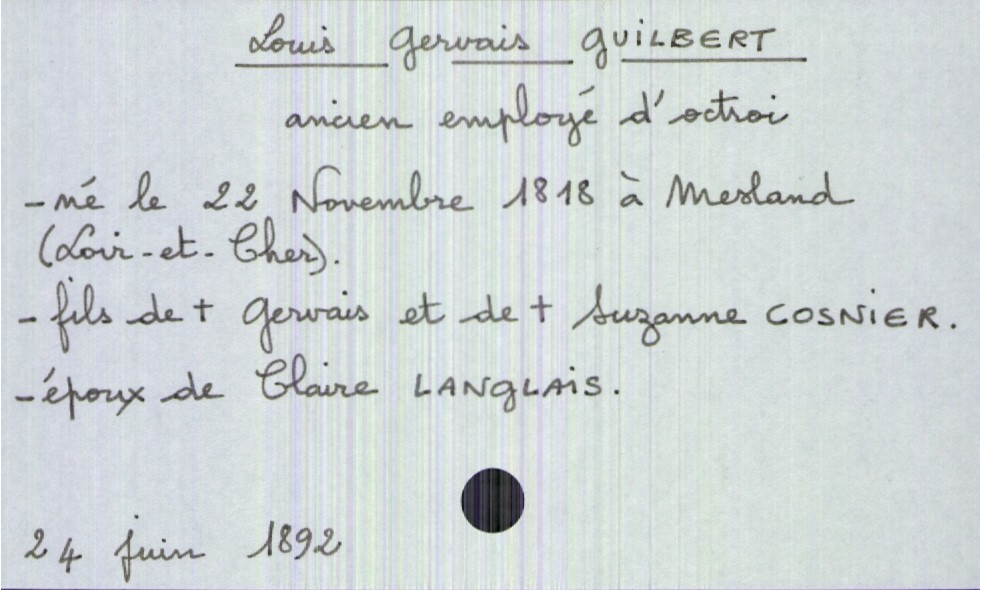
type_acte: Décès
année: 1892
mois: juin
jour: 24
défunt_nom: Guilbert
défunt_prénom: Louis Gervais
défunt_sexe: H
défunt_profession: ancien employé d'octroi
défunt_date_de_naissance: 22 novembre 1818
défunt_lieu_de_naissance: Mesland (Loir-et-Cher)
défunt_statut: marié(e)
père_défunt_nom: Guilbert
père_défunt_prénom: Gervais
père_défunt_statut: décédé
mère_défunt_nom: Cosnier
mère_défunt_prénom: Suzanne
mère_défunt_statut: décédée